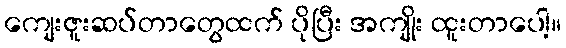
ကျေးဇူးဆပ်တာတွေထက် ပိုပြီး အကျိုး ထူးတာပေါ့။